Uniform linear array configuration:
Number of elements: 64
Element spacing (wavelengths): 0.75
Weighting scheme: uniform
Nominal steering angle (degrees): -15
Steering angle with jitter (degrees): -14.514
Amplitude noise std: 0.05
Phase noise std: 0.05

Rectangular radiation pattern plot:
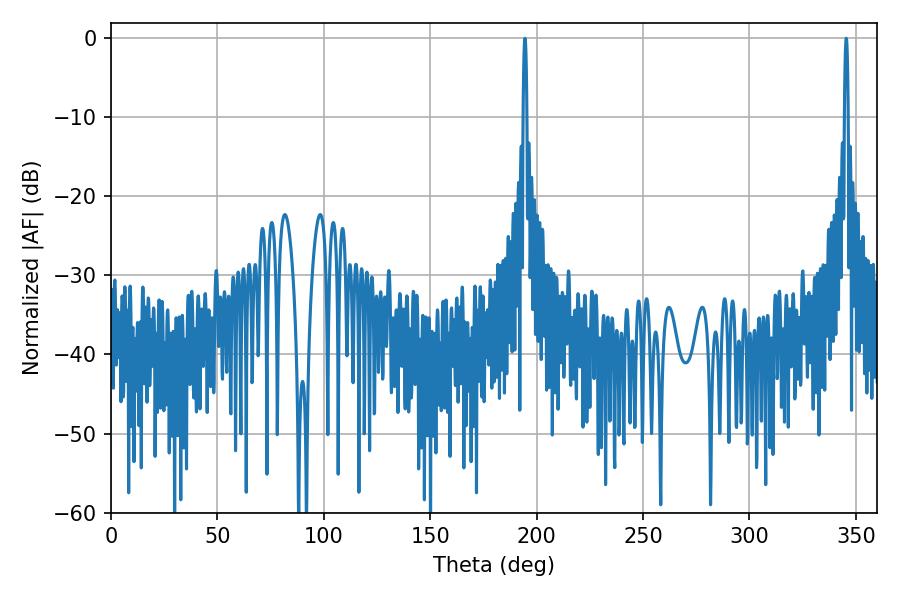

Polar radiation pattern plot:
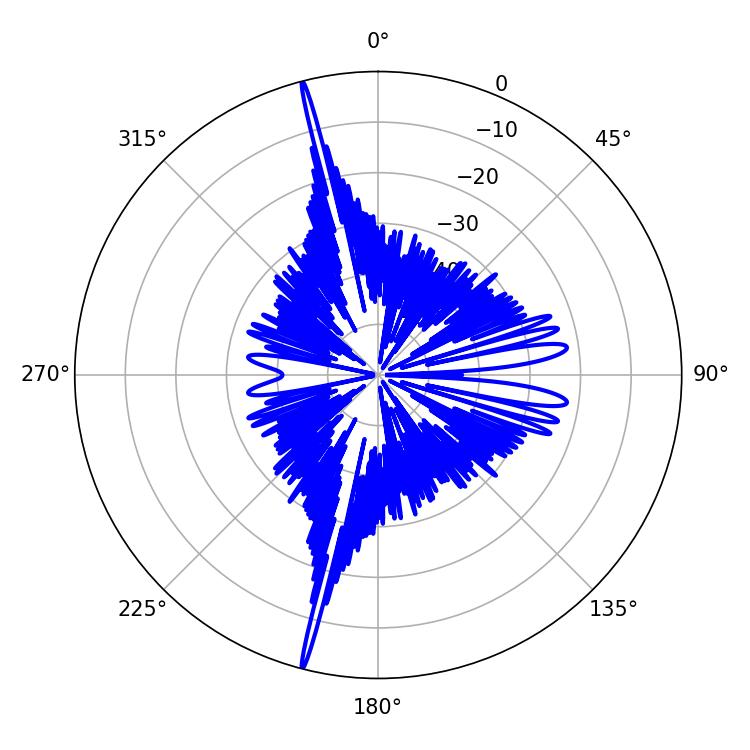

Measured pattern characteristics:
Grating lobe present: TRUE
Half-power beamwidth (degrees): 0.9
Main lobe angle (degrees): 345.42